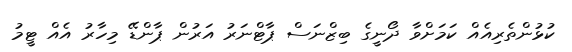
ކުޅުންތެރިއެއް ކަމަށްވާ ދޯނީގެ ބިޒްނަސް ޕާޓްނަރު އަރުން ޕާންޑޭ މިހާރު އެއް ޓީމު